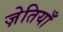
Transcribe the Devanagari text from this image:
ज़ेतियाँ